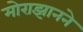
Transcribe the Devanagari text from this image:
मोराझानने